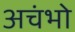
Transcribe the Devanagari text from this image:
अचंभो